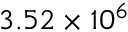
3 . 5 2 \times 1 0 ^ { 6 }